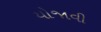
યોજાવી